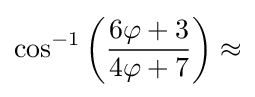
\cos ^{-1}\left({\frac {6\varphi +3}{4\varphi +7}}\right)\approx